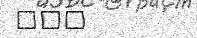
١٥٧